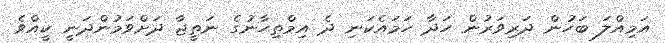
އަމިއްލަ ބަހުން ދަރިވަރުން ހަދާ ހަމައެކަނި ދެ އިމްތިހާނުގެ ނަތީޖާ ދަށްވަމުންދަނީ ކީއްވެ